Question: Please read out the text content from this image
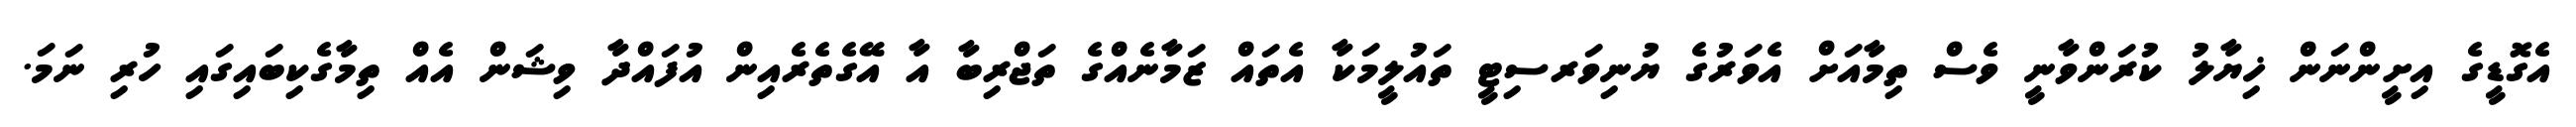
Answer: އެގޮޑީގެ އިށީންނަން ޚިޔާލު ކުރަންވާނީ ވެސް ތިމާއަށް އެވަރުގެ ޔުނިވަރސިޓީ ތައުލީމަކާ އެތައް ޒަމާނެއްގެ ތަޖްރިބާ އާ އޭގެތެރެއިން އުފައްދާ ވިޝަން އެއް ތިމާގެކިބައިގައި ހުރި ނަމަ.